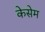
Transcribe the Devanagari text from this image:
केसेम